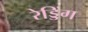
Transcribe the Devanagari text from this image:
रेड्डिंग